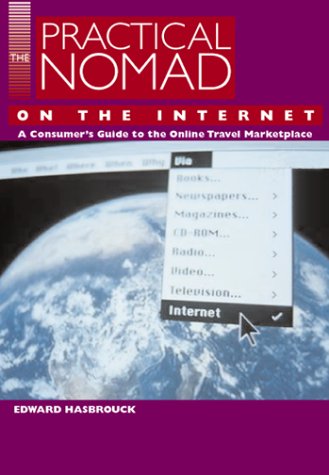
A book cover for The Practical Nomad Guide to the Online Travel Marketplace; Edward Hasbrouck; Travel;